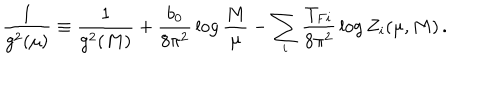
{ \frac { 1 } { g ^ { 2 } ( \mu ) } } \equiv { \frac { 1 } { g ^ { 2 } ( M ) } } + { \frac { b _ { 0 } } { 8 \pi ^ { 2 } } } \log { \frac { M } { \mu } } - \sum _ { i } { \frac { T _ { F i } } { 8 \pi ^ { 2 } } } \log Z _ { i } ( \mu , M ) \, .